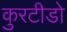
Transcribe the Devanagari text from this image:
कुरटीडो